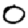
Digit: 0